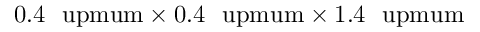
0 . 4 \ \mathrm { \ u p m u m } \times 0 . 4 \ \mathrm { \ u p m u m } \times 1 . 4 \ \mathrm { \ u p m u m }